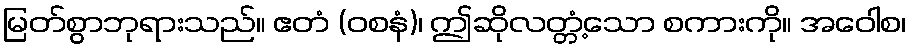
မြတ်စွာဘုရားသည်။ ဧတံ (ဝစနံ)၊ ဤဆိုလတ္တံ့သော စကားကို။ အဝေါစ၊